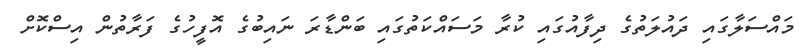
މައްސަލާގައި ދައުލަތުގެ ދިފާއުގައި ކުރާ މަސައްކަތުގައި ބަންޑާރަ ނައިބުގެ އޮފީހުގެ ފަރާތުން އިސްކޮށް